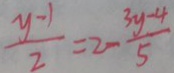
\frac { y - 1 } { 2 } = 2 - \frac { 3 y - 4 } { 5 }